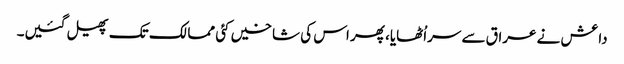
داعش نے عراق سے سراُٹھایا، پھر اس کی شاخیں کئی ممالک تک پھیل گئیں۔